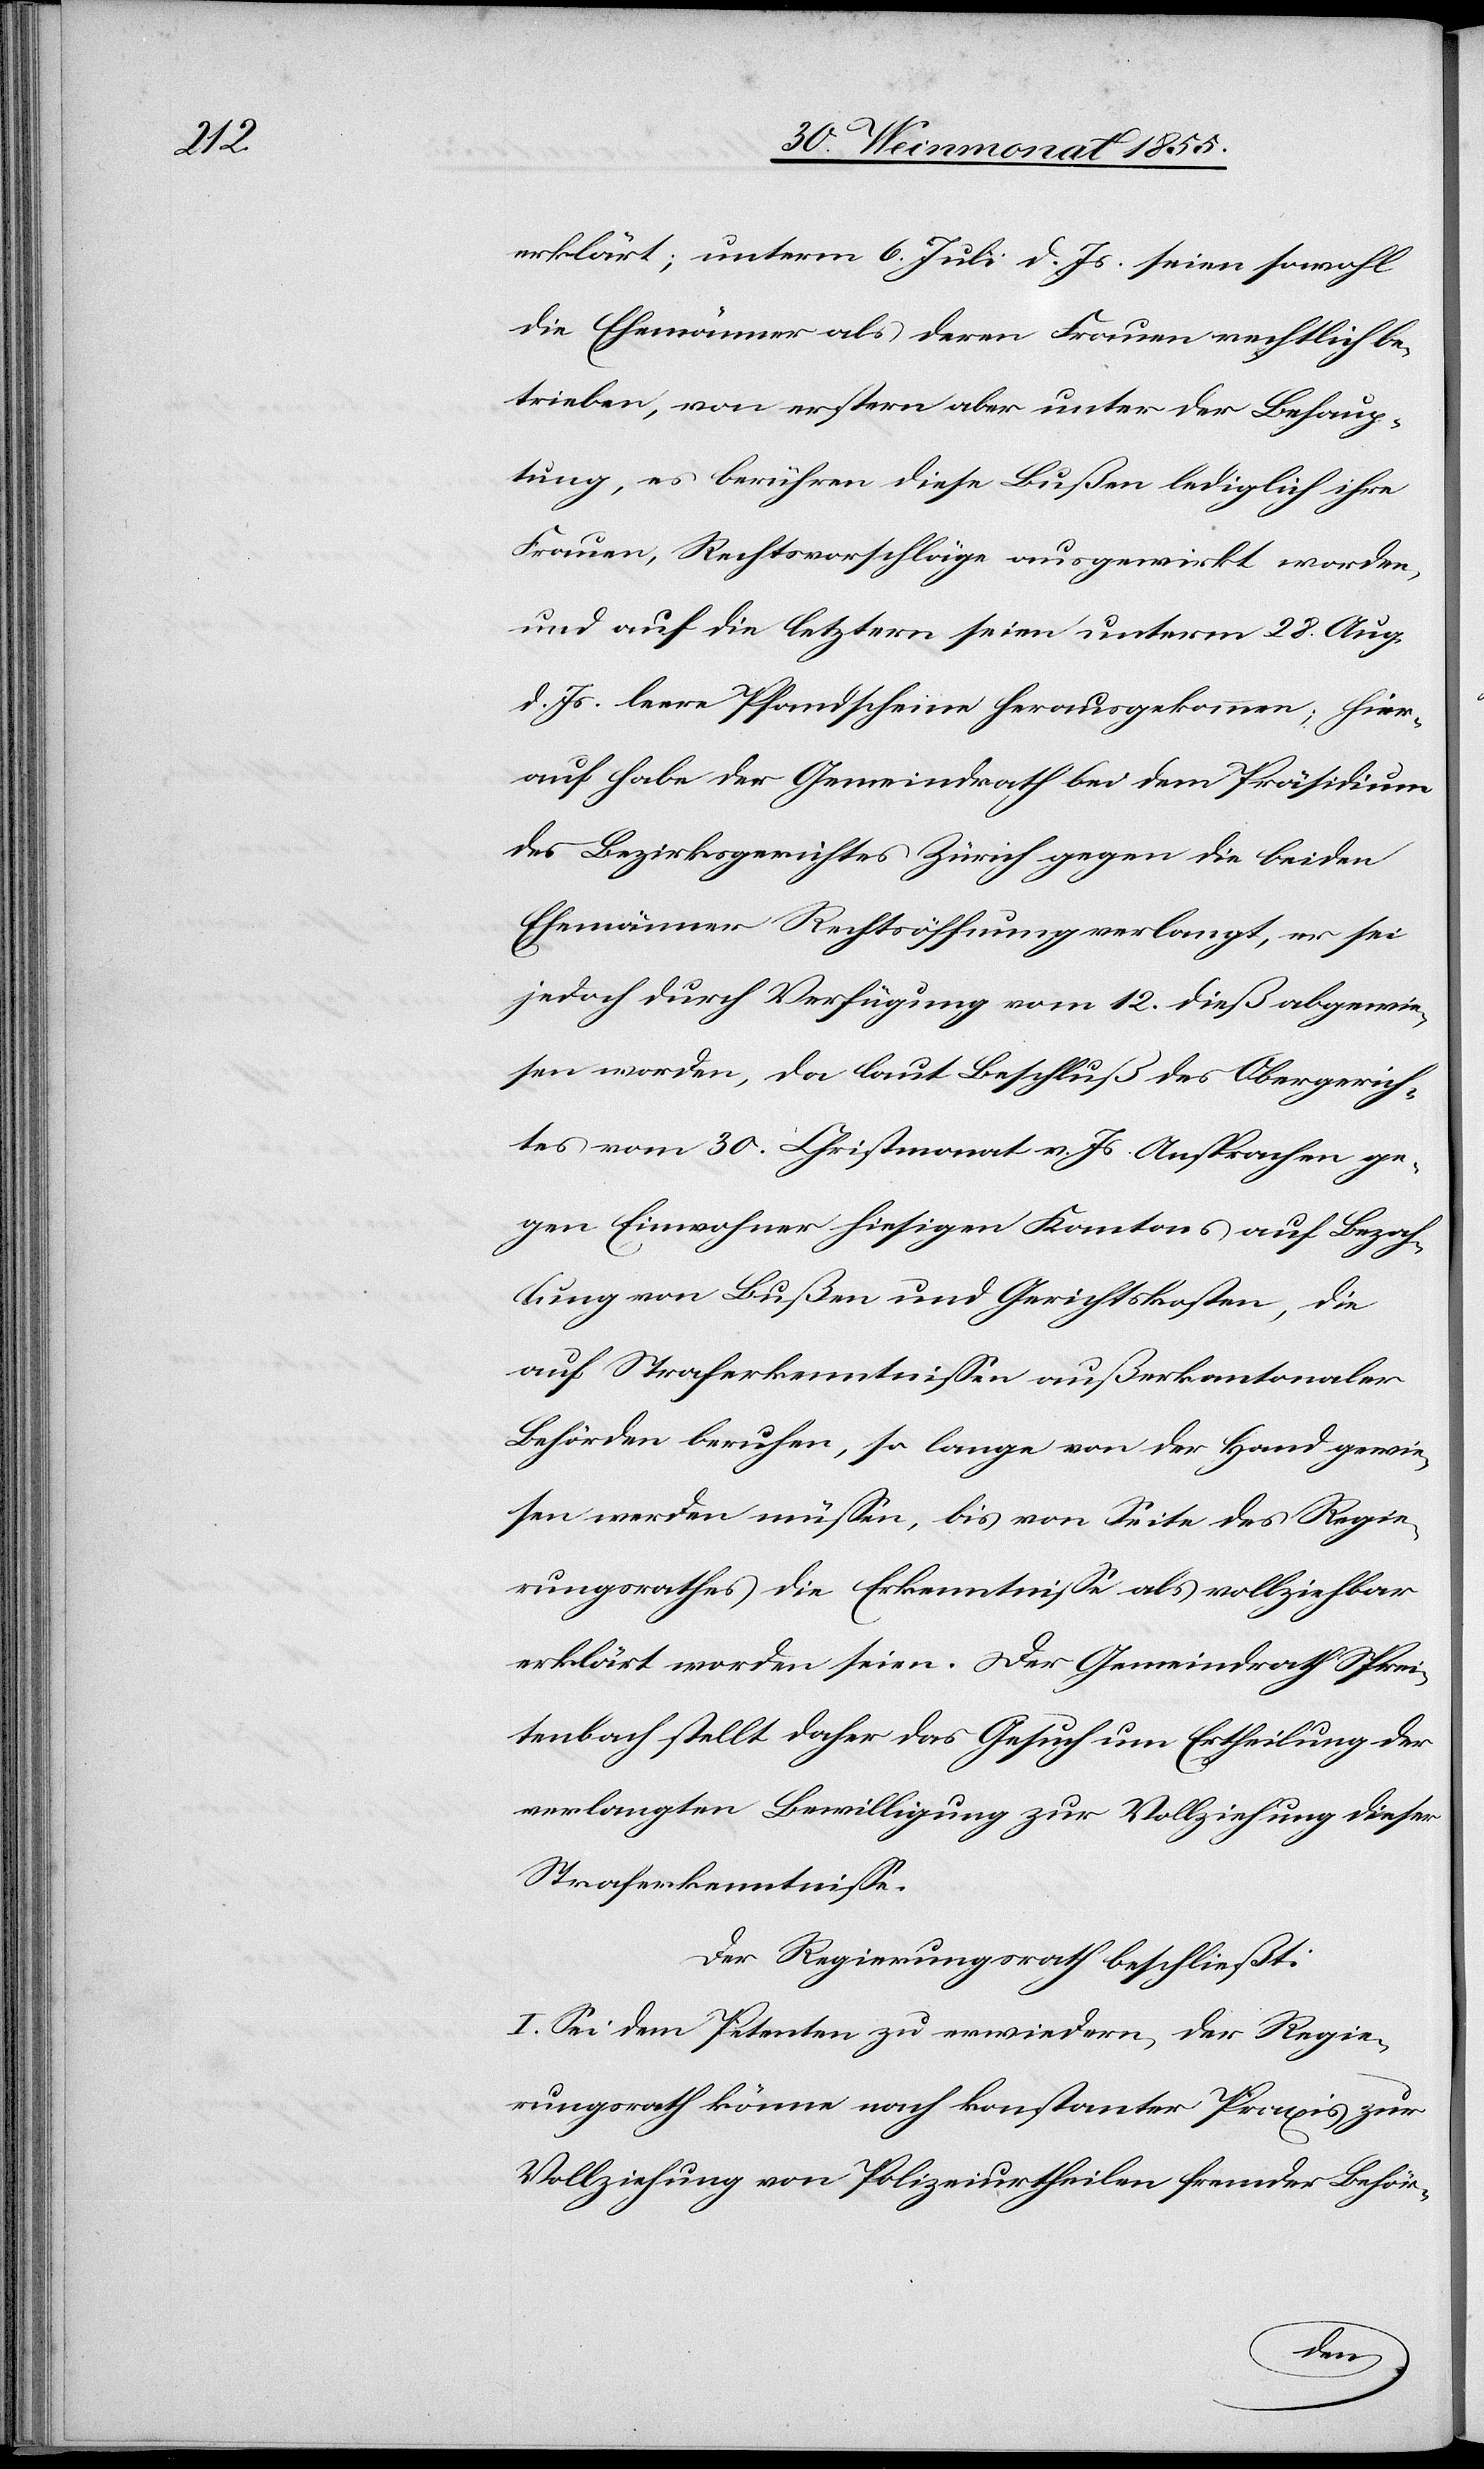
erklärt; unterm 6. Juli d. Js. seien sowohl
die Ehemänner als deren Frauen rechtlich be¬
trieben, von erstern aber unter der Behaup¬
tung, es berühren diese Bußen lediglich ihre
Frauen, Rechtsvorschläge ausgewirkt worden,
und auf die letztern seien unterm 28. Aug.
d. Js. leere Pfandscheine herausgekommen; hier¬
auf habe der Gemeindrath bei dem Präsidium
des Bezirksgerichtes Zürich gegen die beiden
Ehemänner Rechtsöffnung verlangt, er sei
jedoch durch Verfügung vom 12. dieß abgewie¬
sen worden, da laut Beschluß des Obergerich¬
tes vom 30. Christmonat v. Js. Ansprachen ge¬
gen Einwohner hiesigen Kantons auf Bezah¬
lung von Bußen und Gerichtskosten, die
auf Straferkenntnissen außerkantonaler
Behörden beruhen, so lange von der Hand gewie¬
sen werden müssen, bis von Seite des Regie¬
rungsrathes die Erkenntnisse als vollziehbar
erklärt worden seien. Der Gemeindrath Sprei¬
tenbach stellt daher das Gesuch um Ertheilung der
verlangten Bewilligung zur Vollziehung dieser
Straferkenntnisse.
Der Regierungsrath beschließt:
I. Sei dem Petenten zu erwiedern, der Regie¬
rungsrath könne nach konstanter Praxis zur
Vollziehung von Polizeiurtheilen fremder Behör-